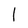
Character: I